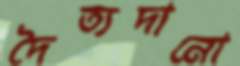
দৈত্যদানো